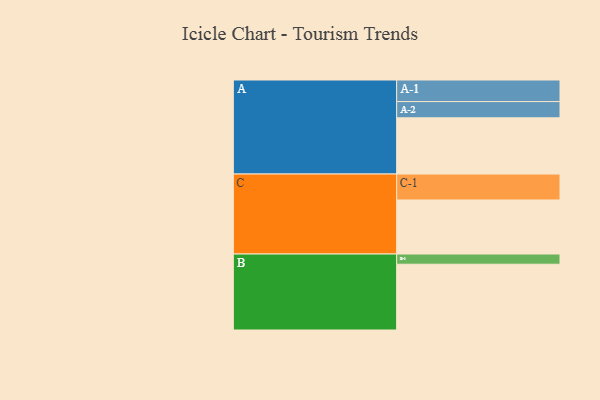
{"axis": {"x": "Segment", "y": "Value"}, "legend": ["", "A", "B", "C"], "data": [{"x": "A", "y": 336, "type": ""}, {"x": "B", "y": 393, "type": ""}, {"x": "C", "y": 323, "type": ""}, {"x": "A-1", "y": 129, "type": "A"}, {"x": "A-2", "y": 97, "type": "A"}, {"x": "B-1", "y": 61, "type": "B"}, {"x": "C-1", "y": 155, "type": "C"}]}